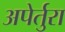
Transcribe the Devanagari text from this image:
अपेर्तुरा